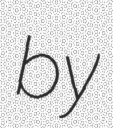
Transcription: by